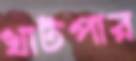
খাটপার